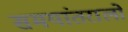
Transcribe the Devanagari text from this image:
समयांतरालों